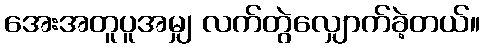
အေးအတူပူအမျှ လက်တွဲလျှောက်ခဲ့တယ်။